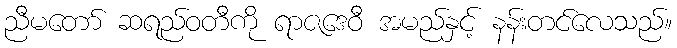
ညီမတော် ဆရည်ဝတီကို ရာဇဒေဝီ အမည်နှင့် နန်းတင်လေသည်။